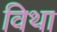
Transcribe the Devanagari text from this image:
विथा